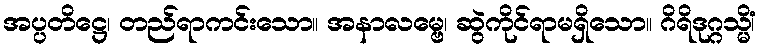
အပ္ပတိဋ္ဌေ၊ တည်ရာကင်းသော။ အနာလမ္ဗေ၊ ဆွဲကိုင်ရာမရှိသော။ ဂိရိဒုဂ္ဂသ္မိံ၊